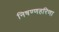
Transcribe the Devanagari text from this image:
निषण्णहरिणा